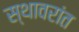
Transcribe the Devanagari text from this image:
स्थावरांत